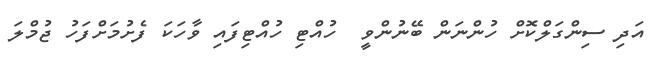
އަދި ސިންގަލްކޮށް ހުންނަން ބޭނުންވީ  ހުއްޓި ހުއްޓިފައި ވާހަކަ ފެށުމަށްފަހު ޖުމްލަ